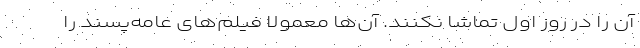
آن را در روز اول تماشا نکنند. آن‌ها معمولاً فیلم‌های عامه‌پسند را